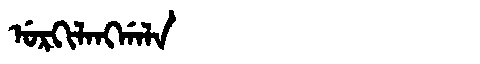
Manchu: ᡠᡵᡴᡳᠯᠠᠩᡤᠠᠯᠠ
Romanization: URKILANGGALA